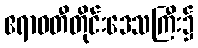
ဧရာဝတီတိုင်းဒေသကြီး၌